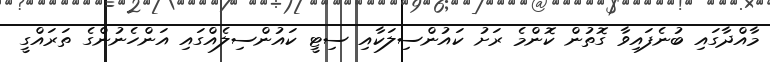
މާއްދާގައި ބުނެފައިވާ ގޮތުން ކޮންމެ ރަށު ކައުންސިލަކާއި ސިޓީ ކައުންސިލެއްގައި އަންހެނުންގެ ތަރައްގީ